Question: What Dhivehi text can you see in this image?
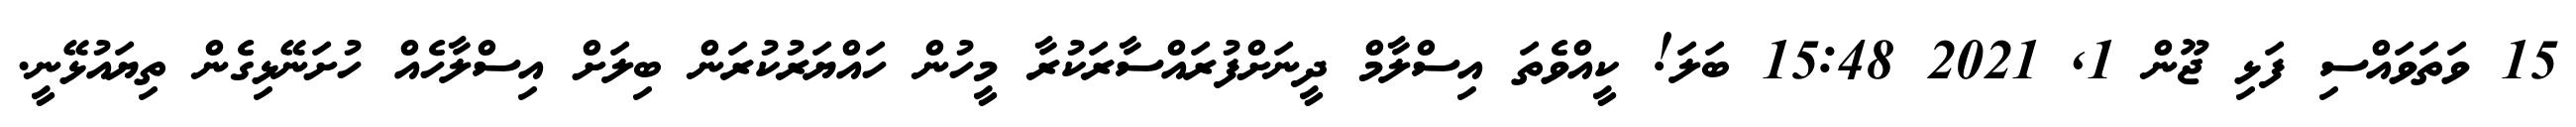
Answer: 15 ވަތަވައްސި ފަޅި ޖޫން 1, 2021 15:48 ބަލަ! ކީއްވެތަ އިސްލާމް ދީނަށްފުރައްސާރަކުރާ މީހުން ހައްޔަރުކުރަން ބިލަށް އިސްލާހެއް ހުށަނޭޅިގެން ތިޔައުޅޭނީ.